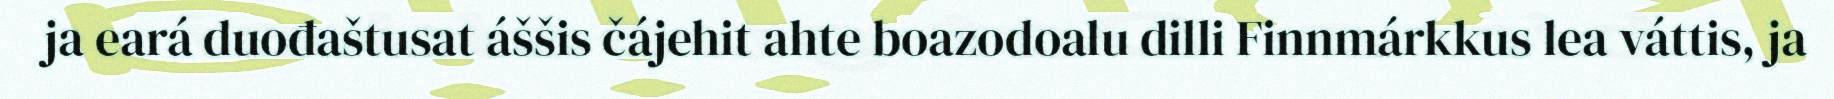
ja eará duođaštusat áššis čájehit ahte boazodoalu dilli Finnmárkkus lea váttis, ja